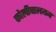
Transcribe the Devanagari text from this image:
कोलीपालयम